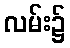
လမ်း၌